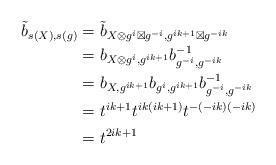
LaTeX: \begin{align*}\tilde{b}_{s(X), s(g)}&=\tilde{b}_{X\otimes g^i\boxtimes g^{-i}, g^{ik+1}\boxtimes g^{-ik}}\\&=b_{X\otimes g^i, g^{ik+1}}b_{g^{-i}, g^{-ik}}^{-1}\\&=b_{X, g^{ik+1}}b_{g^i, g^{ik+1}}b_{g^{-i}, g^{-ik}}^{-1}\\&=t^{ik+1}t^{ik(ik+1)}t^{-(-ik)(-ik)}\\&=t^{2ik+1}\end{align*}